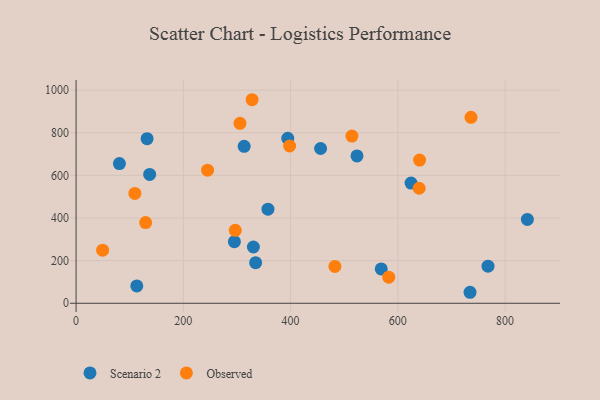
{"axis": {"x": "Investment", "y": "Exam Score"}, "legend": ["Observed", "Scenario 2"], "data": [{"x": "394.7", "y": 773.9, "type": "Scenario 2"}, {"x": "80.8", "y": 655.4, "type": "Scenario 2"}, {"x": "357.8", "y": 441.4, "type": "Scenario 2"}, {"x": "137.2", "y": 604.6, "type": "Scenario 2"}, {"x": "455.9", "y": 726.2, "type": "Scenario 2"}, {"x": "334.8", "y": 190.5, "type": "Scenario 2"}, {"x": "768.1", "y": 173.9, "type": "Scenario 2"}, {"x": "841.5", "y": 393.2, "type": "Scenario 2"}, {"x": "624.6", "y": 563.8, "type": "Scenario 2"}, {"x": "523.8", "y": 691.3, "type": "Scenario 2"}, {"x": "569.0", "y": 161.0, "type": "Scenario 2"}, {"x": "132.4", "y": 772.3, "type": "Scenario 2"}, {"x": "113.2", "y": 81.4, "type": "Scenario 2"}, {"x": "313.4", "y": 736.3, "type": "Scenario 2"}, {"x": "295.2", "y": 288.8, "type": "Scenario 2"}, {"x": "330.6", "y": 263.9, "type": "Scenario 2"}, {"x": "734.6", "y": 51.6, "type": "Scenario 2"}, {"x": "482.6", "y": 173.0, "type": "Observed"}, {"x": "639.7", "y": 539.7, "type": "Observed"}, {"x": "245.2", "y": 624.2, "type": "Observed"}, {"x": "109.6", "y": 515.4, "type": "Observed"}, {"x": "305.6", "y": 844.2, "type": "Observed"}, {"x": "49.5", "y": 249.2, "type": "Observed"}, {"x": "129.7", "y": 378.6, "type": "Observed"}, {"x": "736.4", "y": 872.3, "type": "Observed"}, {"x": "514.3", "y": 784.5, "type": "Observed"}, {"x": "640.5", "y": 672.0, "type": "Observed"}, {"x": "583.0", "y": 122.4, "type": "Observed"}, {"x": "296.8", "y": 342.4, "type": "Observed"}, {"x": "398.2", "y": 737.9, "type": "Observed"}, {"x": "328.2", "y": 954.9, "type": "Observed"}]}